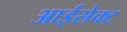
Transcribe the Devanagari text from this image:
आईसेक्ट